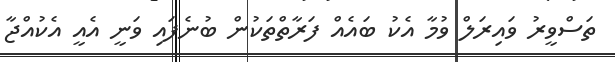
ތަސްވީރު ވައިރަލް ވުމާ އެކު ބައެއް ފަރާތްތަކުން ބުނެފައި ވަނީ އެއީ އެކުއްޖާ